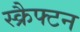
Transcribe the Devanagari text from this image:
स्क्रैफ्टन